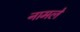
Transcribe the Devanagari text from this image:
नामले